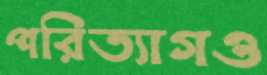
পরিত্যাগও